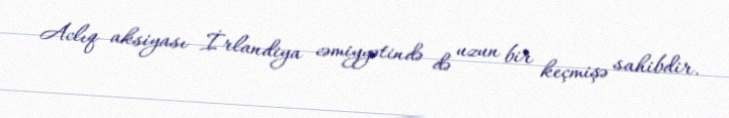
Aclıq aksiyası İrlandiya cəmiyyətində də uzun bir keçmişə sahibdir.